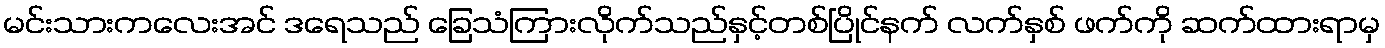
မင်းသားကလေးအင် ဒရေသည် ခြေသံကြားလိုက်သည်နှင့်တစ်ပြိုင်နက် လက်နှစ် ဖက်ကို ဆက်ထားရာမှ